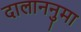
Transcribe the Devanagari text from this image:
दालाननुमा